Annual report of the Punjab Veterinary College and of the Civil Veterinary Department, Punjab - 1920-1925
Year: 1920
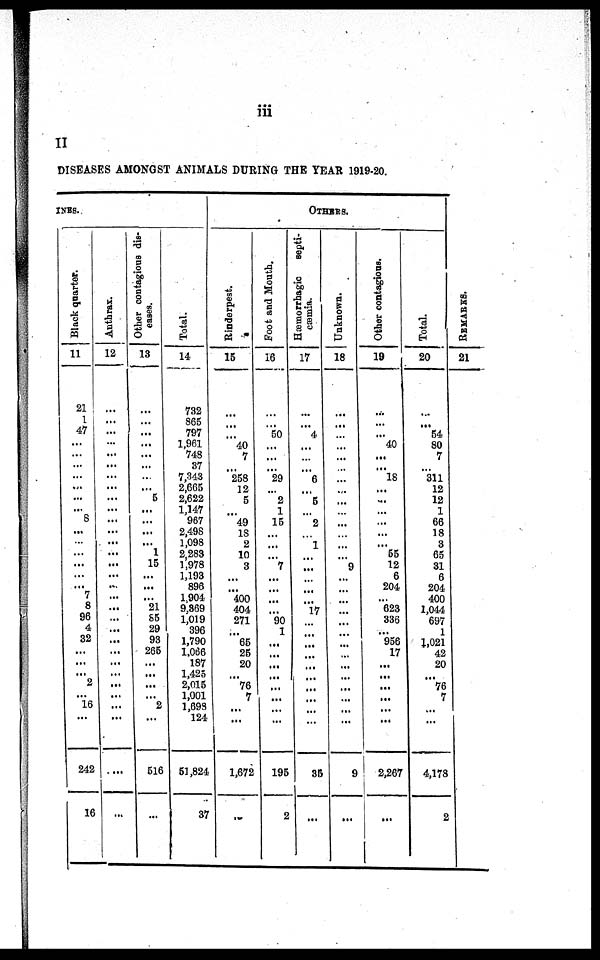
iii
II
DISEASES AMONGST ANI MALS DURI NG T H E YEAR 1919-20.
INES.
Black quarter.
11
21
1
47
...
...
...
...
...
...
... 8
...
... ... ...
...
... 7
8
96
4
32
...
...
... 2
... 16
...
242
16
Anthrax.
12
...
... ...
...
...
...
...
...
...
...
...
...
...
... ...
...
... ...
...
...
... ...
...
...
...
...
... ...
...
...
...
Other contagious dis-
eases.
13
...
... ...
...
...
...
...
... 5
...
...
...
... 1
15
...
... ... 21
55
29 93
265
...
...
...
... 2
...
516
...
Total.
14
732
865 797
1,961
748
37
7,343
2,665
2,622
1,147
967
2,498
1,098
2,283 1,978
1,193
896
1,904
9,369
1,019
396
1,790
1,066
187
1,425
2,015
1,001 1,698
124
51,824
37
Rinderpest.
15
...
... ... 40
7
... 258
12
5
... 49
18
2
10 3
...
... 400
404
271
... 65
25
20
... 76
7
... ...
1,672
...
Foot and Mouth.
16
...
... 50
...
...
... 29
... 2
1
15
...
...
... 7
...
... ...
... 90
1
...
...
...
... ...
...
... ...
195
2
OTHERS.
Hæmorrhagic septi-
cæmia.
17
...
... 4
...
...
... 6
... 5
... 2
... 1
... ...
...
... ... 17
...
... ...
...
...
...
...
... ... ...
35
...
Unknown.
18
...
... ...
...
...
...
...
...
...
...
...
...
...
... 9
...
... ...
...
...
... ... ...
... ...
...
... ... ...
9
...
Other contagious.
19
...
... ...
40
...
... 18
...
...
...
...
...
... 55
12
6
204
... 623
336
... 956
17
...
...
...
... ...
...
2,267
...
Total.
20
...
... 54
80
7
... 311
12
12
1
66
18
3
65 31
6
204 400
1,044
687
1
1,021
42
20
... 76
7
... ...
4,178
2
REMARKS.
21